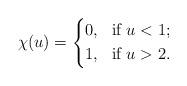
LaTeX: \begin{align*}\chi(u)=\left\{\begin{aligned}&0, &\hbox{if $u<1$;} \\&1, &\hbox{if $u>2$.}\end{aligned}\right.\end{align*}